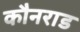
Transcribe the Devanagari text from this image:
कौनराड